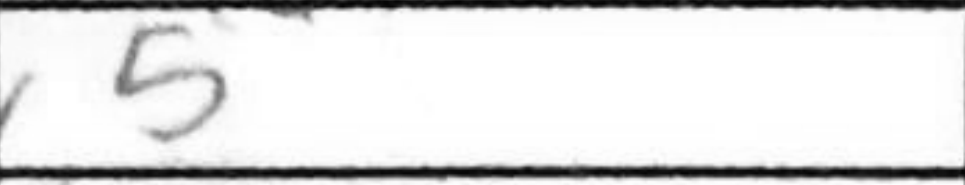
Transcription: c5